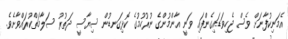
އެމަނިކުފާނަށް ވެސް ޖެހިވަޑައިގެންފައި ވަނީ އާންމުންގެ ނުރުހުމުގެ ކޮޅިގަނޑުން ސިޔާސީ ދަތުރު ސަލާމަތްކުރައްވާށެވެ.